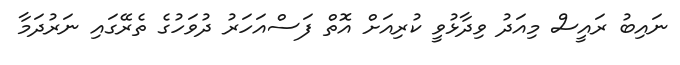
ނައިބު ރައީސް މިއަދު ވިދާޅުވީ ކުރިއަށް އޮތް ފަސްއަހަރު ދުވަހުގެ ތެރޭގައި ނަރުދަމާ